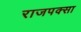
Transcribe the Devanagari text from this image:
राजपक्सा